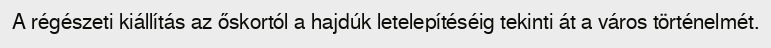
A régészeti kiállítás az őskortól a hajdúk letelepítéséig tekinti át a város történelmét.